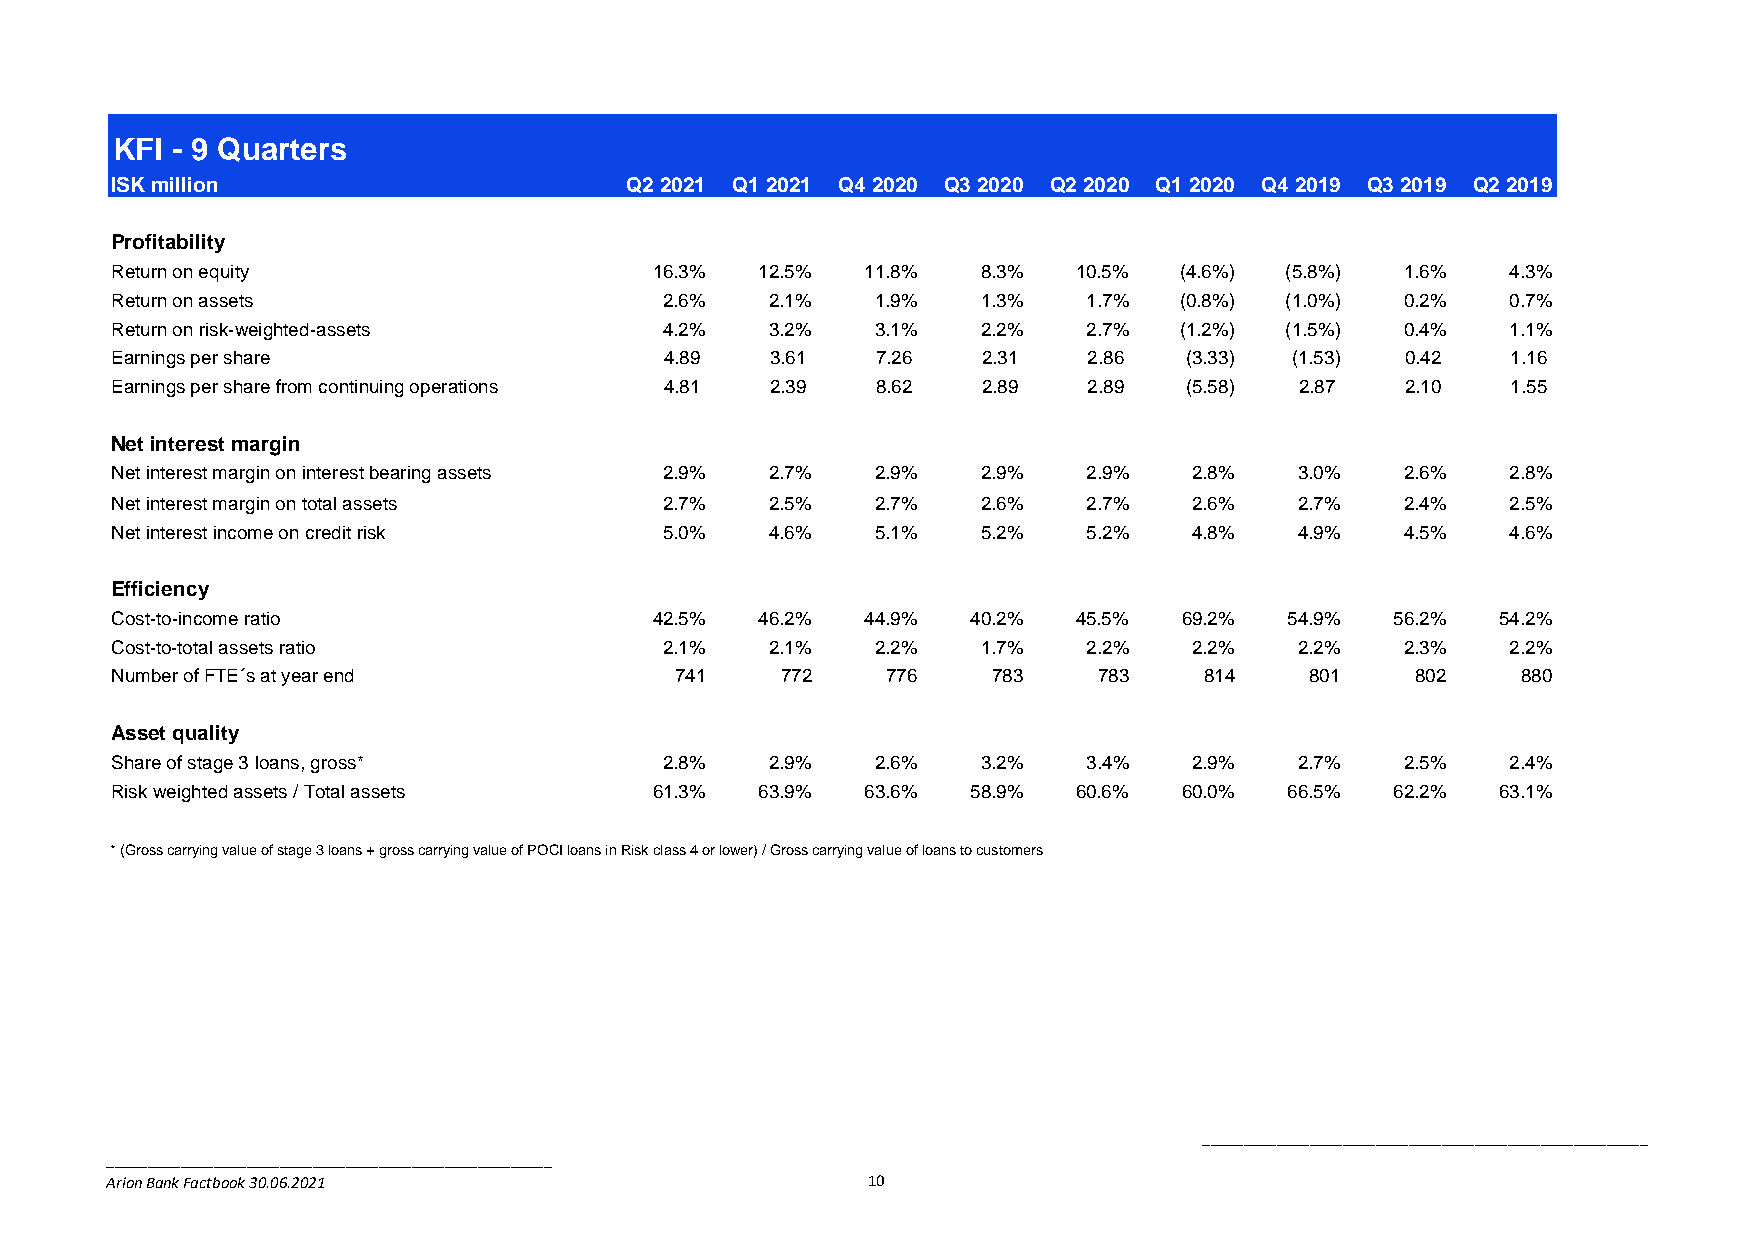
KFI - 9 Quarters
 ISK million                       Q2 2021 Q1 2021 Q4 2020 Q3 2020 Q2 2020 Q1 2020 Q4 2019 Q3 2019 Q2 2019
 Profitability
 Return on equity                    16.3%  12.5%  11.8%   8.3%  10.5%  (4.6%) (5.8%)  1.6%   4.3%
 Return on assets                     2.6%   2.1%   1.9%   1.3%   1.7%  (0.8%) (1.0%)  0.2%   0.7%
 Return on risk-weighted-assets       4.2%   3.2%   3.1%   2.2%   2.7%  (1.2%) (1.5%)  0.4%   1.1%
 Earnings per share                   4.89   3.61   7.26   2.31   2.86   (3.33) (1.53) 0.42   1.16
 Earnings per share from continuing operations 4.81 2.39 8.62 2.89 2.89  (5.58) 2.87   2.10   1.55
 Net interest margin
 Net interest margin on interest bearing assets 2.9% 2.7% 2.9% 2.9% 2.9% 2.8%   3.0%   2.6%   2.8%
 Net interest margin on total assets  2.7%   2.5%   2.7%   2.6%   2.7%   2.6%   2.7%   2.4%   2.5%
 Net interest income on credit risk   5.0%   4.6%   5.1%   5.2%   5.2%   4.8%   4.9%   4.5%   4.6%
 Efficiency
 Cost-to-income ratio                42.5%  46.2%  44.9%  40.2%  45.5%  69.2%  54.9%  56.2%  54.2%
 Cost-to-total assets ratio           2.1%   2.1%   2.2%   1.7%   2.2%   2.2%   2.2%   2.3%   2.2%
 Number of FTE´s at year end           741    772    776    783    783    814    801    802    880
 Asset quality
 Share of stage 3 loans, gross*       2.8%   2.9%   2.6%   3.2%   3.4%   2.9%   2.7%   2.5%   2.4%
 Risk weighted assets / Total assets 61.3%  63.9%  63.6%  58.9%  60.6%  60.0%  66.5%  62.2%  63.1%
 * (Gross carrying value of stage 3 loans + gross carrying value of POCI loans in Risk class 4 or lower) / Gross carrying value of loans to customers
 ______________________________________________________
 ______________________________________________________
 Arion Bank Factbook 30.06.2021                    10